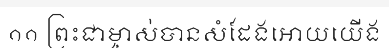
១១ ព្រះជាម្ចាស់បានសំដែងអោយយើង